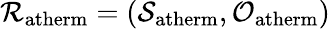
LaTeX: \mathcal{R}_{\mathrm{atherm}}=(\mathcal{S}_{\mathrm{atherm}},\mathcal{O}_{\mathrm{atherm}})